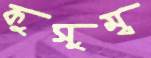
কুসুম্ব